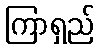
ကြာရှည်